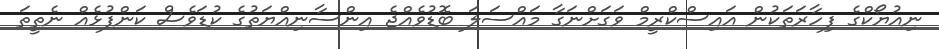
ނިއުޔޯކްގެ ފިހާރަތަކުން އައިސްކްރީމް ވަގަށްނަގާ މައްސަލަ ބޮޑުވެއްޖެ އިންސާނިއްޔަތުގެ ކުޑަވެސް ކަންފުޅެއް ނެތީތަ